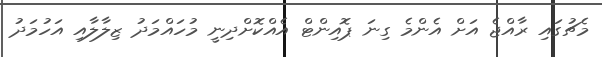
މެޗުގައި ރާއްޖެ އަށް އެންމެ ގިނަ ޕޮއިންޓް އެއްކޮށްދިނީ މުހައްމަދު ޒިލާލާއި އަހުމަދު